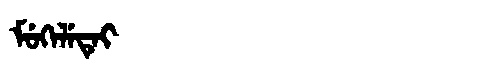
Manchu: ᠮᡠᡴᡝᠯᡝᡨᡝᡳ
Romanization: MUKELETEI